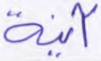
آنية